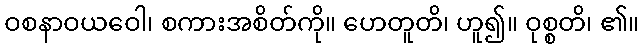
ဝစနာဝယဝေါ၊ စကားအစိတ်ကို။ ဟေတူတိ၊ ဟူ၍။ ဝုစ္စတိ၊ ၏။